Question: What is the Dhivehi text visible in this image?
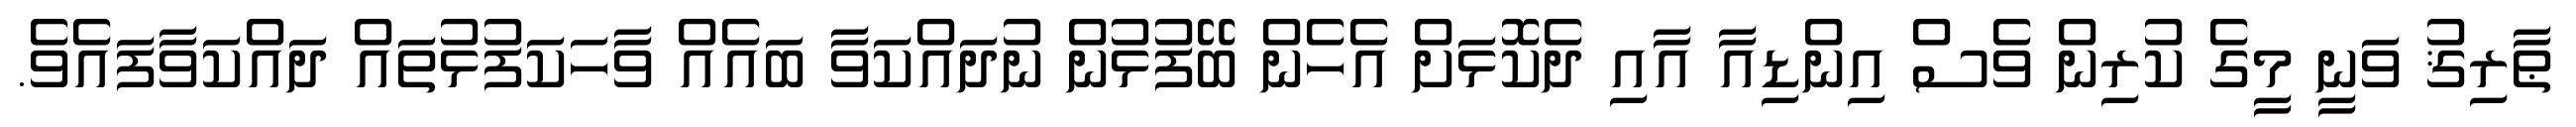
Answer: ޠާރިޤު ވަނީ މީގެ ކުރިން ވެސް އިންޑިއާ އާއި ދެކޮޅަށް އެހެން ބޭފުޅުން ނުދައްކަވާ ބައެއް ވާހަކަފުޅުތައް ދައްކަވާފައެވެ.